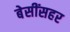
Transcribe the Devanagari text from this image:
बेसींसहर